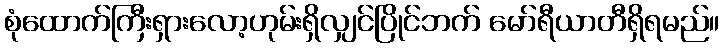
စုံထောက်ကြီးရှားလော့ဟုမ်းရှိလျှင်ပြိုင်ဘက် မော်ရီယာတီရှိရမည်။